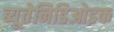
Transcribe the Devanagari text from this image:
ब्यूतेनिडिओइक